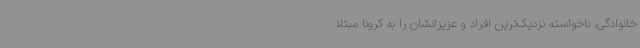
خانوادگی، ناخواسته نزدیک‌ترین افراد و عزیزانشان را به کرونا مبتلا